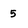
Character: 5